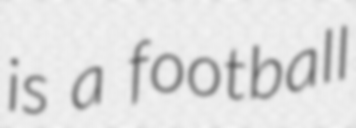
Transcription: is a football